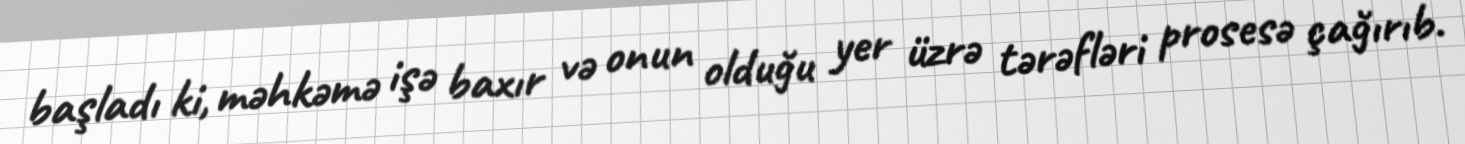
başladı ki, məhkəmə işə baxır və onun olduğu yer üzrə tərəfləri prosesə çağırıb.